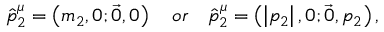
\hat { p } _ { 2 } ^ { \mu } = \left( m _ { 2 } , 0 ; \vec { 0 } , 0 \right) \quad o r \quad \hat { p } _ { 2 } ^ { \mu } = \left( \left| p _ { 2 } \right| , 0 ; \vec { 0 } , p _ { 2 } \right) ,